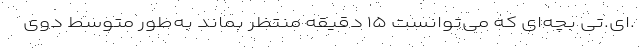
.اِی.تی بچه‌ای که می‌توانست ۱۵ دقیقه منتظر بماند به‌طور متوسط دوی